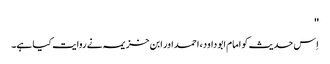
''
اِس حدیث کو امام ابو داود، احمد اور ابن خزیمہ نے روایت کیا ہے۔